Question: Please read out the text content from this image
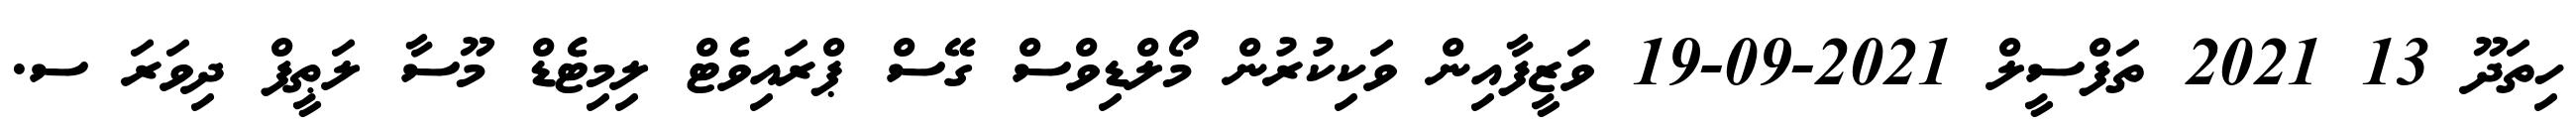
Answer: ހިތަދޫ 13 2021 ތަފްސީލް 2021-09-19 ވަޒީފާއިން ވަކިކުރުން މޯލްޑިވްސް ގޭސް ޕްރައިވެޓް ލިމިޓެޑް މޫސާ ލަޠީފް ދިވަރަ ސ.